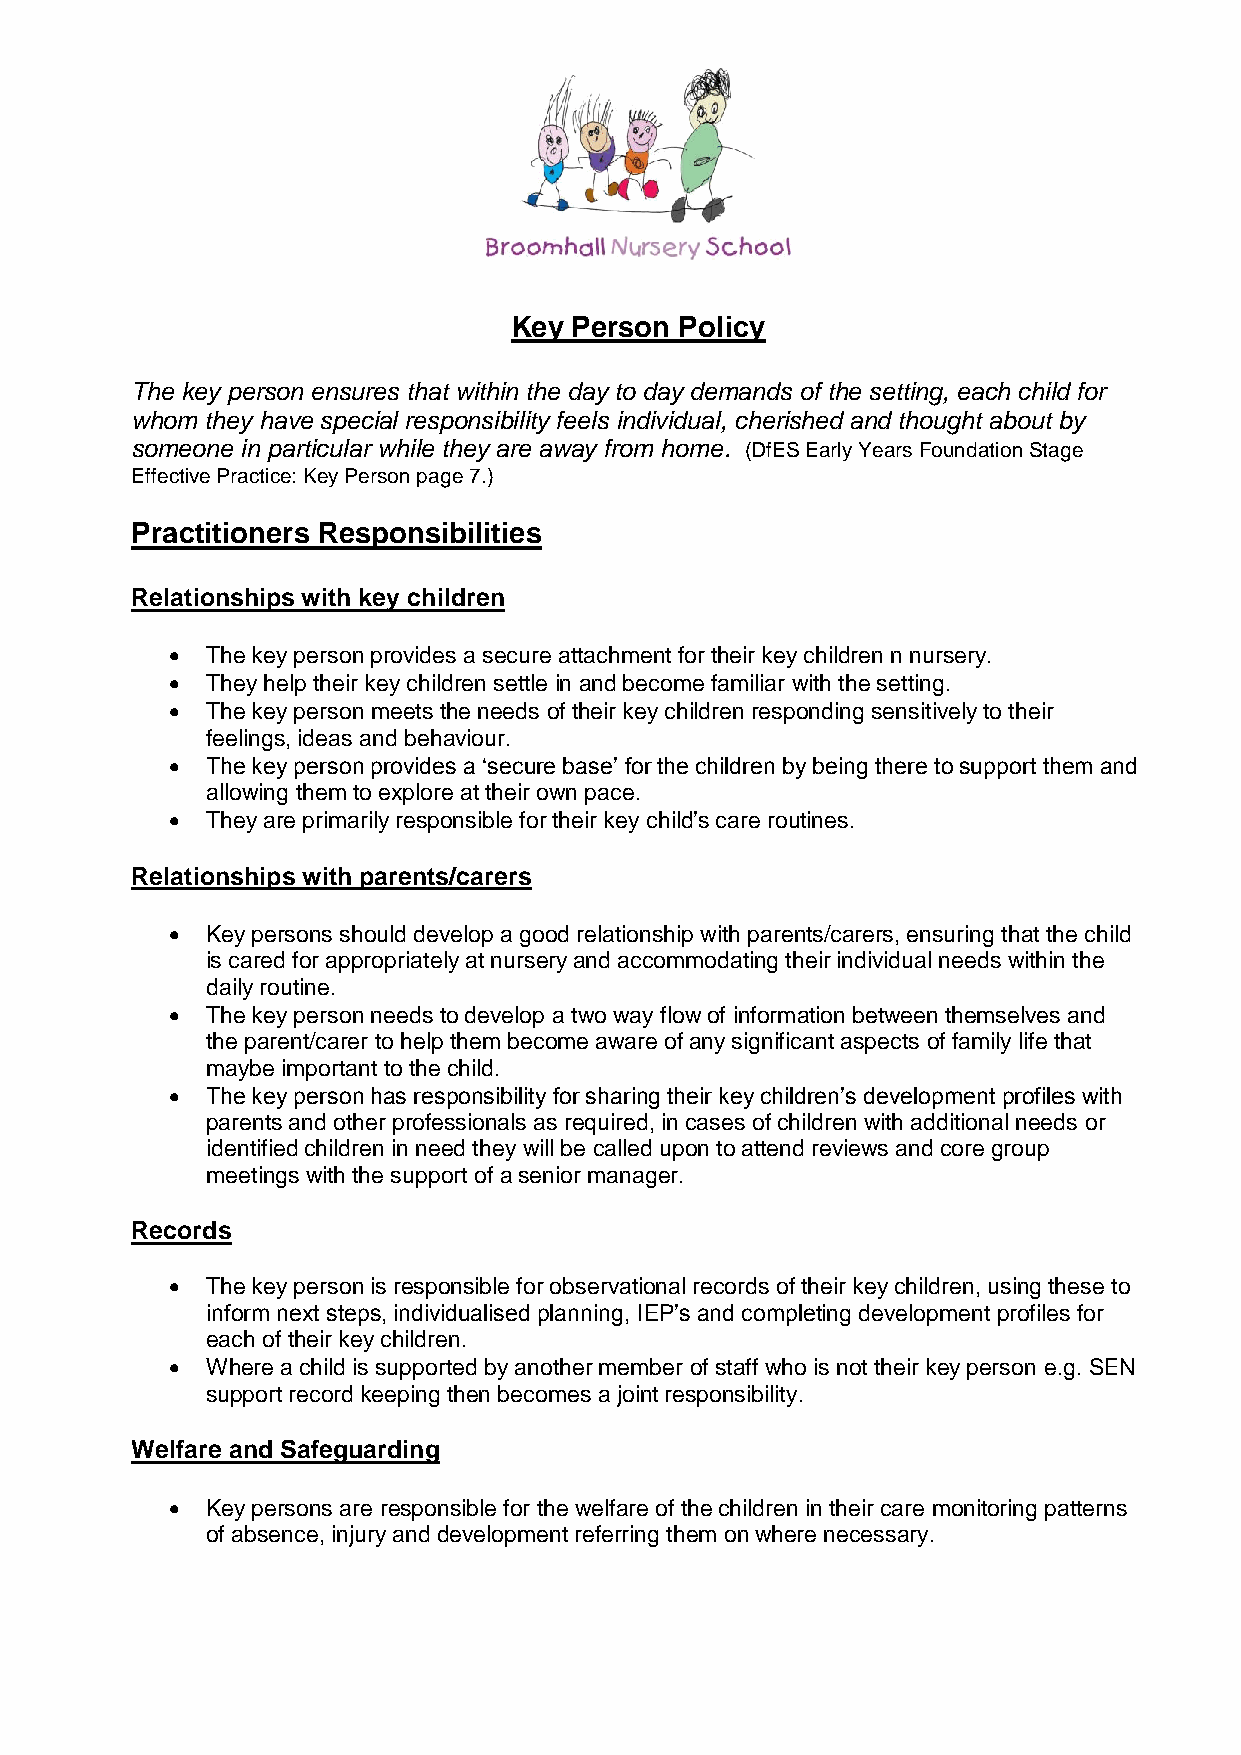
Key Person Policy
 The key person ensures that within the day to day demands of the setting, each child for
 whom they have special responsibility feels individual, cherished and thought about by
 someone in particular while they are away from home. (DfES Early Years Foundation Stage
 Effective Practice: Key Person page 7.)
 Practitioners Responsibilities
 Relationships with key children
   The key person provides a secure attachment for their key children n nursery.
   They help their key children settle in and become familiar with the setting.
   The key person meets the needs of their key children responding sensitively to their
 feelings, ideas and behaviour.
   The key person provides a ‘secure base’ for the children by being there to support them and
 allowing them to explore at their own pace.
   They are primarily responsible for their key child’s care routines.
 Relationships with parents/carers
   Key persons should develop a good relationship with parents/carers, ensuring that the child
 is cared for appropriately at nursery and accommodating their individual needs within the
 daily routine.
   The key person needs to develop a two way flow of information between themselves and
 the parent/carer to help them become aware of any significant aspects of family life that
 maybe important to the child.
   The key person has responsibility for sharing their key children’s development profiles with
 parents and other professionals as required, in cases of children with additional needs or
 identified children in need they will be called upon to attend reviews and core group
 meetings with the support of a senior manager.
 Records
   The key person is responsible for observational records of their key children, using these to
 inform next steps, individualised planning, IEP’s and completing development profiles for
 each of their key children.
   Where a child is supported by another member of staff who is not their key person e.g. SEN
 support record keeping then becomes a joint responsibility.
 Welfare and Safeguarding
   Key persons are responsible for the welfare of the children in their care monitoring patterns
 of absence, injury and development referring them on where necessary.